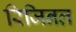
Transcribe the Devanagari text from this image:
रिजिनल